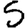
Digit: 5